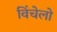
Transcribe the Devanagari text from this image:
विंचेलो